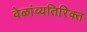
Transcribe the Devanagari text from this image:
वेळांव्यतिरिक्त